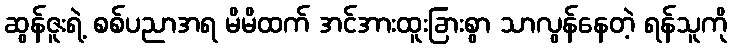
ဆွန်ဇူးရဲ့ စစ်ပညာအရ မိမိထက် အင်အားထူးခြားစွာ သာလွန်နေတဲ့ ရန်သူကို